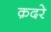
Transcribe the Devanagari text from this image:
क़दरे